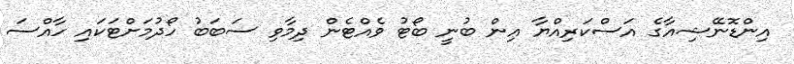
އިންޑޮނޭޝިއާގެ އަސްކަރިއްޔާ އިން ބުނީ ބޯޓު ވެއްޓެން ދިމާވި ސަބަބު ހޯދުމަށްޓަކައި ހާއްސަ